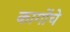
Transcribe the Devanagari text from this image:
कार्गोचे